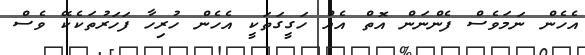
އެހެން ނަމަވެސް ފެންނަން އޮތް އެއް ހަގީގަތަކީ އެހެން ހުރިހާ ފަހަރުތަކެކޭ ވެސް